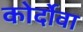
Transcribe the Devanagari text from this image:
कोर्दोवा